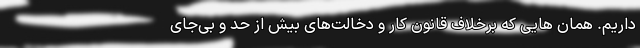
داریم. همان هایی که برخلاف قانون کار و دخالت‌های بیش از حد و بی‌جای